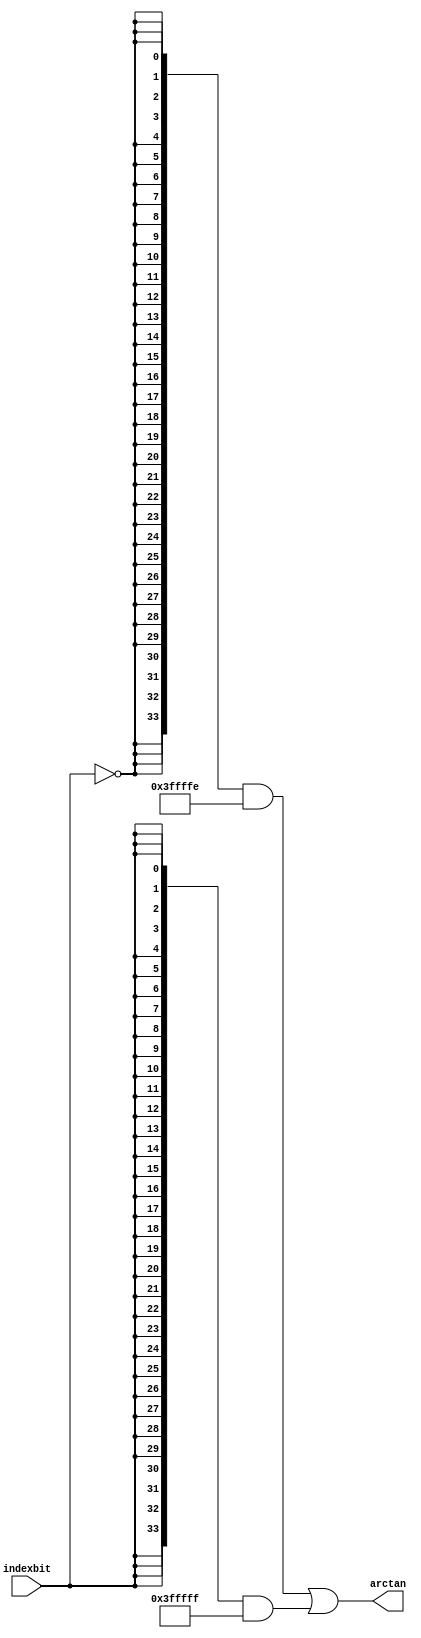
module  sin_altfp_sincos_cordic_atan_l6b
	(
	arctan,
	indexbit) ;
	output   [33:0]  arctan;
	input   indexbit;
`ifndef ALTERA_RESERVED_QIS
// synopsys translate_off
`endif
	tri0   indexbit;
`ifndef ALTERA_RESERVED_QIS
// synopsys translate_on
`endif
	wire  [47:0]  valuenode_10_w;
	wire  [47:0]  valuenode_12_w;
	assign
		arctan = (({34{(~ indexbit)}} & valuenode_10_w[47:14]) | ({34{indexbit}} & valuenode_12_w[45:12])),
		valuenode_10_w = 48'b000000000000111111111111111111111010101010101011,
		valuenode_12_w = 48'b000000000000001111111111111111111111111010101011;
endmodule